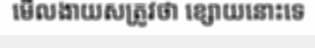
មើលងាយសត្រូវថា ខ្សោយនោះទេ